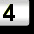
Digit: 3